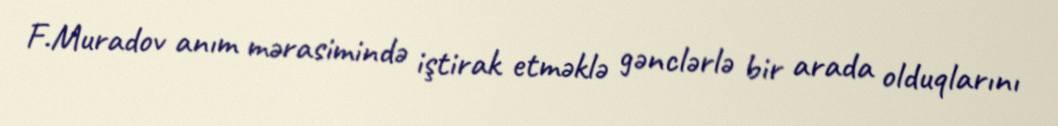
F.Muradov anım mərasimində iştirak etməklə gənclərlə bir arada olduqlarını